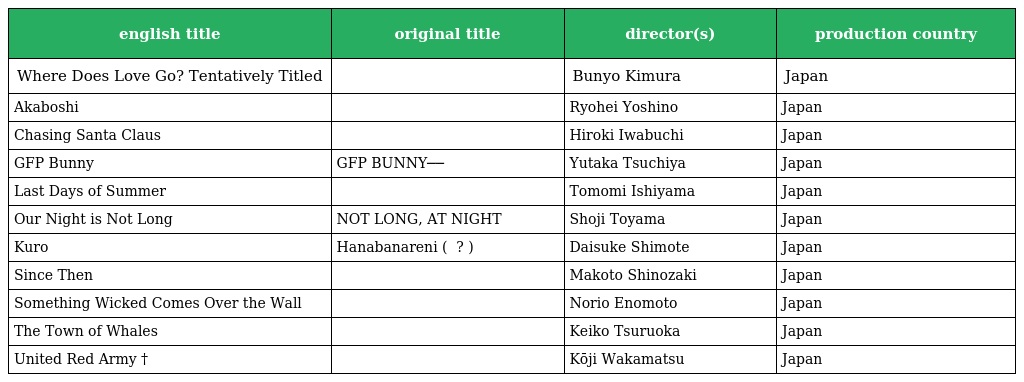
| english title | original title | director(s) | production country |
 | --- | --- | --- | --- |
 | Where Does Love Go? Tentatively Titled | 愛のゆくえ（仮） | Bunyo Kimura | Japan |
 | Akaboshi | あかぼし | Ryohei Yoshino | Japan |
 | Chasing Santa Claus | サンタクロースをつかまえて | Hiroki Iwabuchi | Japan |
 | GFP Bunny | GFP BUNNY─タリウム少女のプログラム─ | Yutaka Tsuchiya | Japan |
 | Last Days of Summer | 少女と夏の終わり | Tomomi Ishiyama | Japan |
 | Our Night is Not Long | NOT LONG, AT NIGHT 夜はながくない | Shoji Toyama | Japan |
 | Kuro | Hanabanareni ( はなればなれに ? ) | Daisuke Shimote | Japan |
 | Since Then | あれから | Makoto Shinozaki | Japan |
 | Something Wicked Comes Over the Wall | 何かが壁を越えてくる | Norio Enomoto | Japan |
 | The Town of Whales | くじらのまち | Keiko Tsuruoka | Japan |
 | United Red Army † | 実録・連合赤軍 あさま山荘への道程 | Kōji Wakamatsu | Japan |